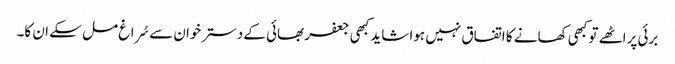
برئی پراٹھے تو کبھی کھانے کا اتفاق نہیں ہوا شاید کبھی جعفر بھائی کے دسترخوان سے سُراغ مل سکے ان کا۔